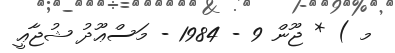
މ ) * ޖޫން 9 - 1984 - މަސްޢޫދު ޝުޖާޢީ